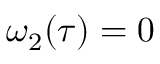
\omega _ { 2 } ( \tau ) = 0